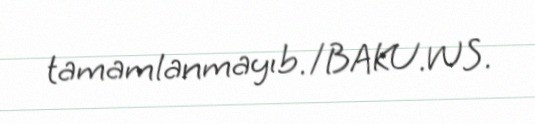
tamamlanmayıb./BAKU.WS.